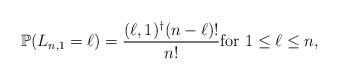
LaTeX: \begin{align*}\mathbb{P}(L_{n,1} = \ell ) = \frac{ (\ell,1)^{\dagger} (n- \ell)! } { n!} \mbox{for}~1 \le \ell \le n ,\end{align*}